Annual report of the Punjab Veterinary College and of the Civil Veterinary Department, Punjab - 1920-1925
Year: 1920
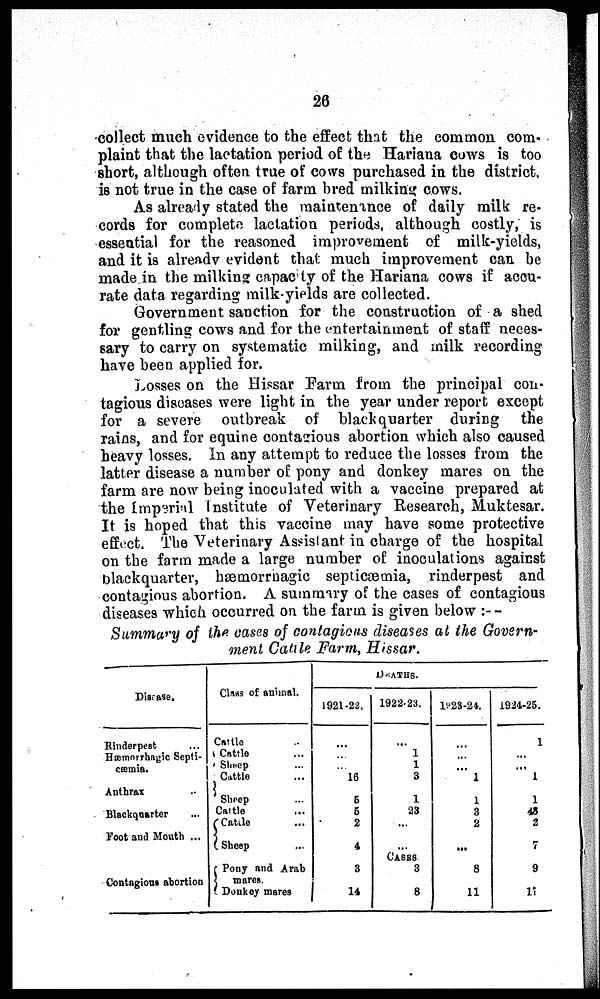
26
collect much evidence to the effect that the common com-
plaint that the lactation period of the Hariana cows is too
short, although often true of cows purchased in the district,
is not true in the case of farm bred milking cows.
As already stated the maintenance of daily milk re-
cords for complete lactation periods, although costly, is
essential for the reasoned improvement of milk-yields,
and it is already evident that much improvement can be
made in the milking capacity of the Hariana cows if accu-
rate data regarding milk-yields are collected.
Government sanction for the construction of a shed
for gentling cows and for the entertainment of staff neces-
sary to carry on systematic milking, and milk recording
have been applied for.
Losses on the Hissar Farm from the principal con-
tagious diseases were light in the year under report except
for a severe outbreak of black quarter during the
rains, and for equine contagious abortion which also caused
heavy losses. In any attempt to reduce the losses from the
latter disease a number of pony and donkey mares on the
farm are now being inoculated with a vaccine prepared at
the Imperial Institute of Veterinary Research, Muktesar.
It is hoped that this vaccine may have some protective
effect. The Veterinary Assistant in charge of the hospital
on the farm made a large number of inoculations against
blackquarter, hæmorrhagic septicæmia, rinderpest and
contagious abortion. A summary of the cases of contagious
diseases which occurred on the farm is given below:—
Summary of the cases of contagious diseases at the Govern-
ment Cattle Farm, Hissar.
Disease.
Rinderpest ...
Hæmorrhagic Septi-
cæmia.
Anthrax ...
Blackquarter ...
Foot and Month ...
Contagious abortion
Class of animal.
Cattle ...
Cattle ...
Sheep ...
Cattle ...
Sheep ...
Cattle ...
Cattle ...
Sheep ...
Pony and Arab
mares.
Donkey mares
1921-22.
...
...
...
16
5
5
2
4
3
14
DEATHS.
1922-23.
...
1
1
3
1
23
...
...
CASES
3
8
1923-24.
...
...
...
1
1
3
2
...
8
11
1924-25.
1
...
...
1
1
43
2
7
9
17